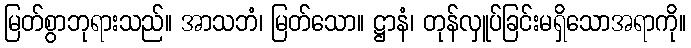
မြတ်စွာဘုရားသည်။ အာသဘံ၊ မြတ်သော။ ဋ္ဌာနံ၊ တုန်လှူပ်ခြင်းမရှိသောအရာကို။